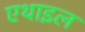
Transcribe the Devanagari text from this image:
एथाइल